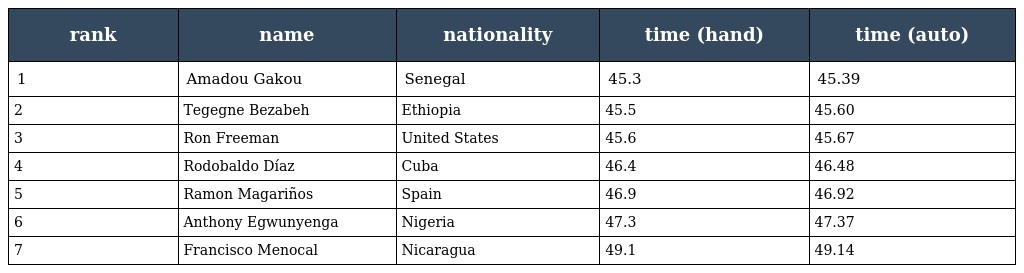
| rank | name | nationality | time (hand) | time (auto) |
 | --- | --- | --- | --- | --- |
 | 1 | Amadou Gakou | Senegal | 45.3 | 45.39 |
 | 2 | Tegegne Bezabeh | Ethiopia | 45.5 | 45.60 |
 | 3 | Ron Freeman | United States | 45.6 | 45.67 |
 | 4 | Rodobaldo Díaz | Cuba | 46.4 | 46.48 |
 | 5 | Ramon Magariños | Spain | 46.9 | 46.92 |
 | 6 | Anthony Egwunyenga | Nigeria | 47.3 | 47.37 |
 | 7 | Francisco Menocal | Nicaragua | 49.1 | 49.14 |